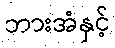
ဘားအံနှင့်